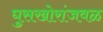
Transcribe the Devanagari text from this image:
घुसखोरांजवळ